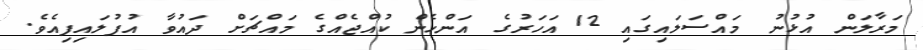
މަރާލަން އުޅުނު މައްސަލައިގައި 12 އަހަރުގެ އަންހެން ކުއްޖެއްގެ މައްޗަށް ދައުވާ އުފުލައިފިއެވެ.